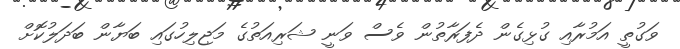
ވަގުތީ އަމުރާއި ގުޅިގެން ދެފަރާތުން ވެސް ވަނީ ޝަރިއަތުގެ މަޖިލިހުގައި ބަޔާން ބަދަލުކޮށް